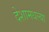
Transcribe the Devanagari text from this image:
देशामधल्या